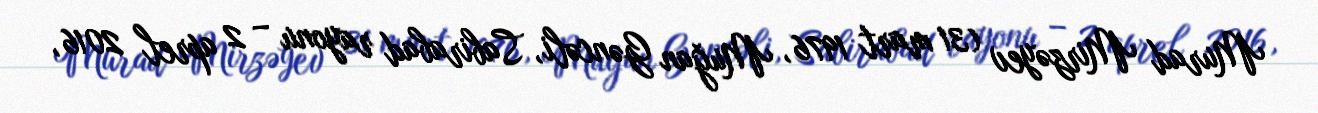
Murad Mirzəyev (31 mart 1976, Muğan Gəncəli, Sabirabad rayonu – 2 aprel 2016,